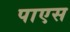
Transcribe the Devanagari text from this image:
पाएस